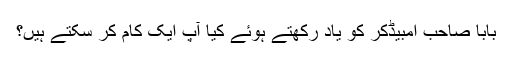
بابا صاحب امبیڈکر کو یاد رکھتے ہوئے کیا آپ ایک کام کر سکتے ہیں؟